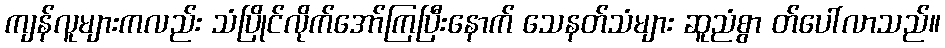
ကျန်လူများကလည်း သံပြိုင်လိုက်အော်ကြပြီးနောက် သေနတ်သံများ ဆူညံစွာ တ်ပေါ်လာသည်။